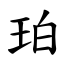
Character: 珀